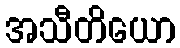
အသီတိယော